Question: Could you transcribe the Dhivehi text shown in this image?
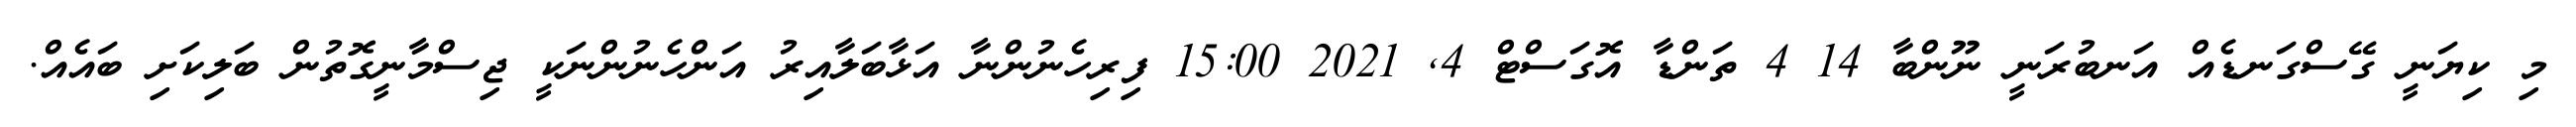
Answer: މި ކިޔަނީ ގޭސްގަނޑެއް އަނބުރަނީ ނޫންބާ 14 4 ތަންޑާ އޮގަސްޓް 4, 2021 15:00 ފިރިހެނުންނާ އަޅާބަލާއިރު އަންހެނުންނަކީ ޖިސްމާނީގޮތުން ބަލިކަށި ބައެއް.